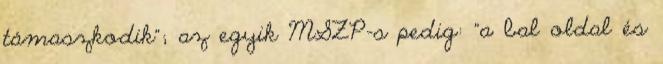
támaszkodik"; az egyik MSZP-s pedig: "a bal oldal és